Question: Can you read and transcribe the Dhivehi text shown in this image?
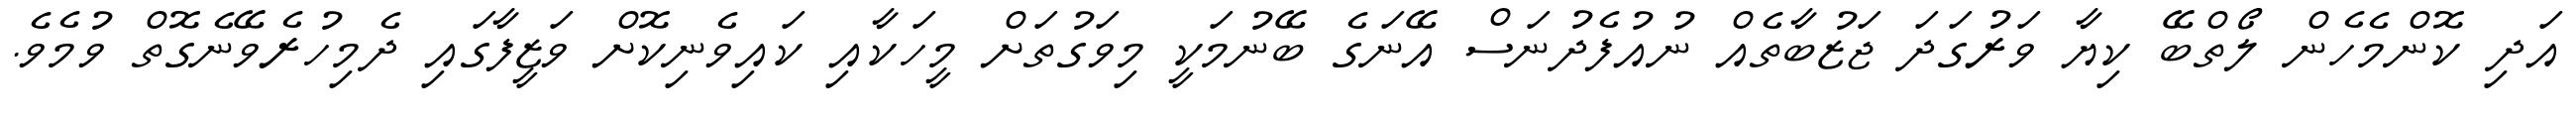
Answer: އަދި ކޮންމެހެން ލޯތްބޭ ކިޔާ ވަރުގަދަ ޖަޒުބާތެއް ނުއުފެދުނަސް އޭނަގެ ބޭނުމަކީ މިވަގުތަށް މީހަކާއި ކައިވެނިކޮށް ވަޒީފާގައި ދެމިހުރެވޭނެގޮތް ވުމެވެ.